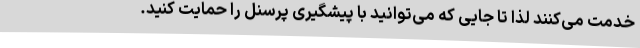
خدمت می‌کنند لذا تا جایی که می‌توانید با پیشگیری پرسنل را حمایت کنید.